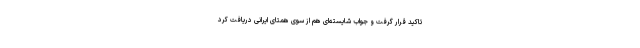
تاکید قرار گرفت و جواب شایسته‌ای هم از سوی همتای ایرانی دریافت کرد